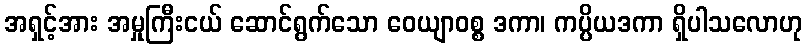
အရှင့်အား အမှုကြီးငယ် ဆောင်ရွက်သော ဝေယျာဝစ္စ ဒကာ၊ ကပ္ပိယဒကာ ရှိပါသလောဟု